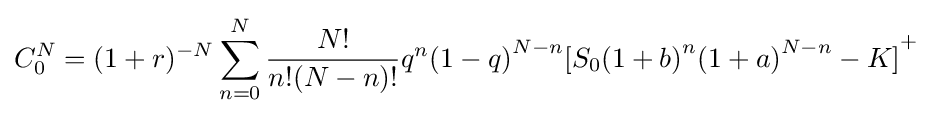
C_{0}^{N}=(1+r)^{-N}\sum _{n=0}^{N}{\frac {N!}{n!(N-n)!}}q^{n}{(1-q)}^{N-n}{[S_{0}{(1+b)}^{n}{(1+a)}^{N-n}-K]}^{+}